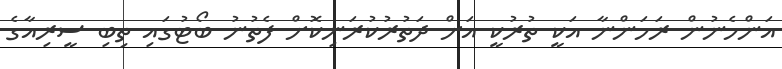
އަންހެނުން ރަހަންނާ އަކީ ތުރުކީ އަށް ދަތުރުކުރަނިކޮށް ފެތުނު ބޯޓުގައި ތިބި ސީރިއާގެ